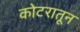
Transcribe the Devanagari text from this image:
कोटरातून